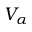
V _ { \alpha }